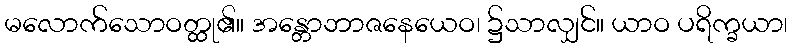
မလောက်သောဝတ္ထု၏။ အန္တောဘာဇနေယေဝ၊ ၌သာလျှင်။ ယာဝ ပရိက္ခယာ၊